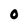
Character: O